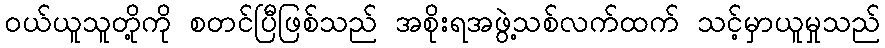
ဝယ်ယူသူတို့ကို စတင်ပြီဖြစ်သည် အစိုးရအဖွဲ့သစ်လက်ထက် သင့်မှာယူမှုသည်